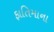
ફાતિમાના